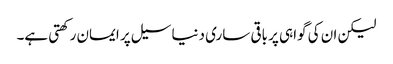
لیکن ان کی گواہی پر باقی ساری دنیا سیل پر ایمان رکھتی ہے۔